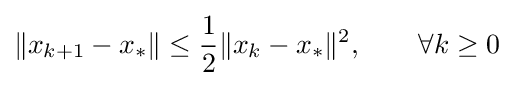
\|x_{k+1}-x_{*}\|\leq {\frac {1}{2}}\|x_{k}-x_{*}\|^{2},\qquad \forall k\geq 0